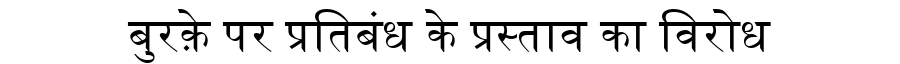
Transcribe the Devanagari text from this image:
बुरक़े पर प्रतिबंध के प्रस्ताव का विरोध